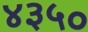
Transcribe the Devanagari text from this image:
४३५०